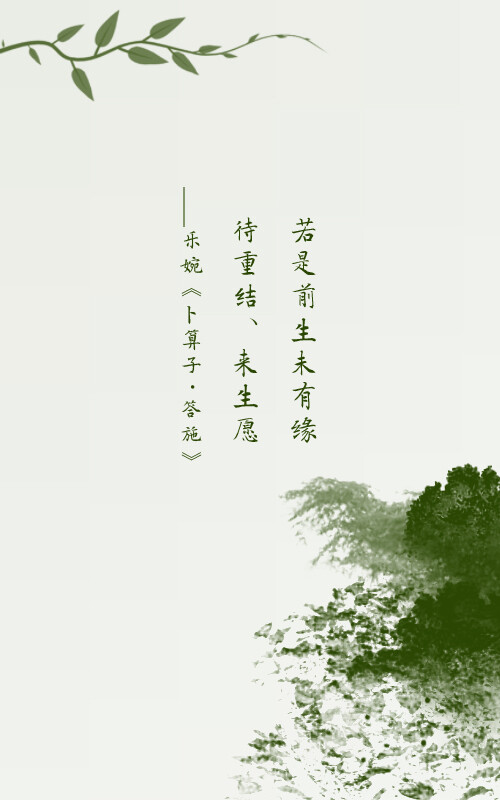
若是前生未有缘，待重结来生愿。